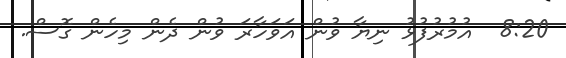
8:20  އުމުރުފުޅު ނިޔާ ވުން އަވަހާރަ ވުން ދެން މިހެން ގޮސް.